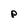
Character: P